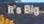
it's